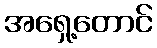
အရှေ့တောင်